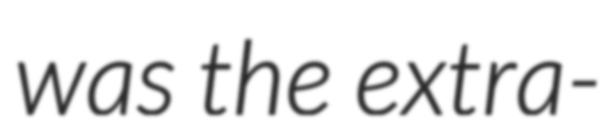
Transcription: was the extra-